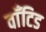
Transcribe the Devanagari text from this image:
वाँटिड